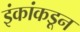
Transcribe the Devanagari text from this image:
इंकांकडून